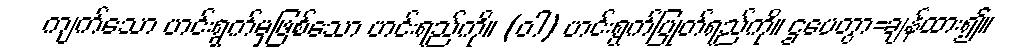
ကျက်သော ဟင်းရွက်မှဖြစ်သော ဟင်းရည်ကို။ (ဝါ) ဟင်းရွက်ပြုတ်ရည်ကို။ ဌပေတွာ=ချန်ထား၍။